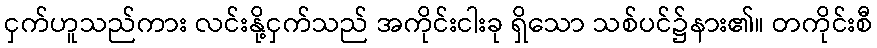
ငှက်ဟူသည်ကား လင်းနို့ငှက်သည် အကိုင်းငါးခု ရှိသော သစ်ပင်၌နား၏။ တကိုင်းစီ